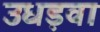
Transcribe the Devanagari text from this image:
उधड़वा